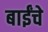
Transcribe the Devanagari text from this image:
बाईंचे